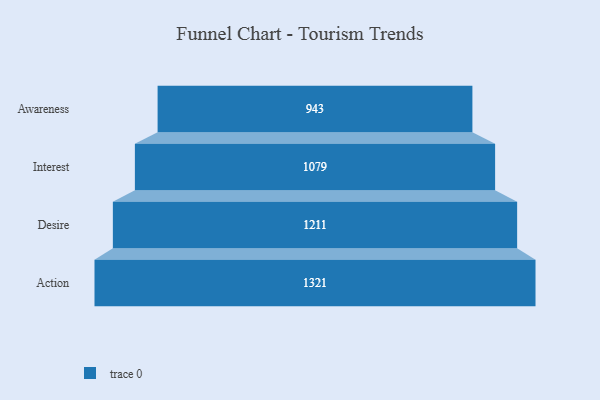
{"axis": {"x": "Stage", "y": "Value"}, "legend": [""], "data": [{"x": "Awareness", "y": 943.0, "type": ""}, {"x": "Interest", "y": 1079.0, "type": ""}, {"x": "Desire", "y": 1211.0, "type": ""}, {"x": "Action", "y": 1321.0, "type": ""}]}